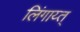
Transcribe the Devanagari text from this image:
लिंगाय्त्